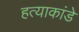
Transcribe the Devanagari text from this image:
हत्याकांडे